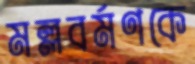
মল্লবর্মণকে